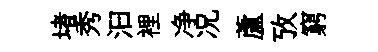
堵秀汩裡净况蘆攷窮